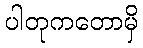
ပါတုကတောမှိ